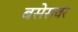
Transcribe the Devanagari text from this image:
बसेसवर